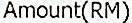
AMOUNT(RM)